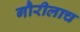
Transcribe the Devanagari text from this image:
गौरीलाच